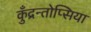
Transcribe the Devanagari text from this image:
कुँद्रन्तोप्सिया